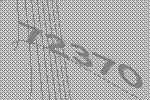
72370